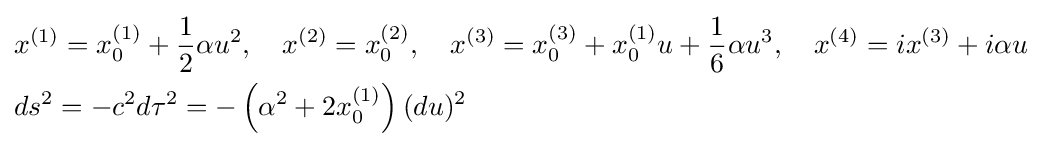
{\begin{aligned}&x^{(1)}=x_{0}^{(1)}+{\frac {1}{2}}\alpha u^{2},\quad x^{(2)}=x_{0}^{(2)},\quad x^{(3)}=x_{0}^{(3)}+x_{0}^{(1)}u+{\frac {1}{6}}\alpha u^{3},\quad x^{(4)}=ix^{(3)}+i\alpha u\\&ds^{2}=-c^{2}d\tau ^{2}=-\left(\alpha ^{2}+2x_{0}^{(1)}\right)(du)^{2}\end{aligned}}